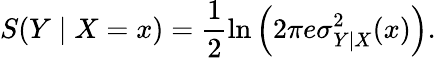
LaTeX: S(Y\mid X=x)=\frac{1}{2}\ln\left(2\pi e\sigma_{Y\mid X}^{2}(x)\right).